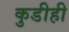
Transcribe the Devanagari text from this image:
कुडीही